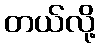
တယ်လို့